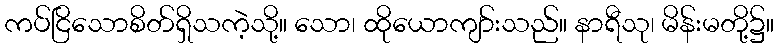
ကပ်ငြိသောစိတ်ရှိသကဲ့သို့။ သော၊ ထိုယောကျာ်းသည်။ နာရီသု၊ မိန်းမတို့၌။